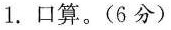
1.口算。(6分)